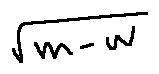
\sqrt { m - w }